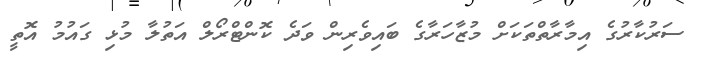
ސަރުކާރުގެ އިމާރާތްތަކަށް މުޒާހަރާގެ ބައިވެރިން ވަދެ ކޮންޓްރޯލް އަތުލާ މުޅި ގައުމު އޮތީ